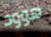
هوود